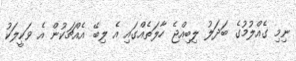
ނިމި ގެއްލުމުގެ ބަދަލު ލިބިއްޖެ ހާލަތެއްގައި އެ ލިބޭ އެއްޗަކުން އެ ވަކީލަކު